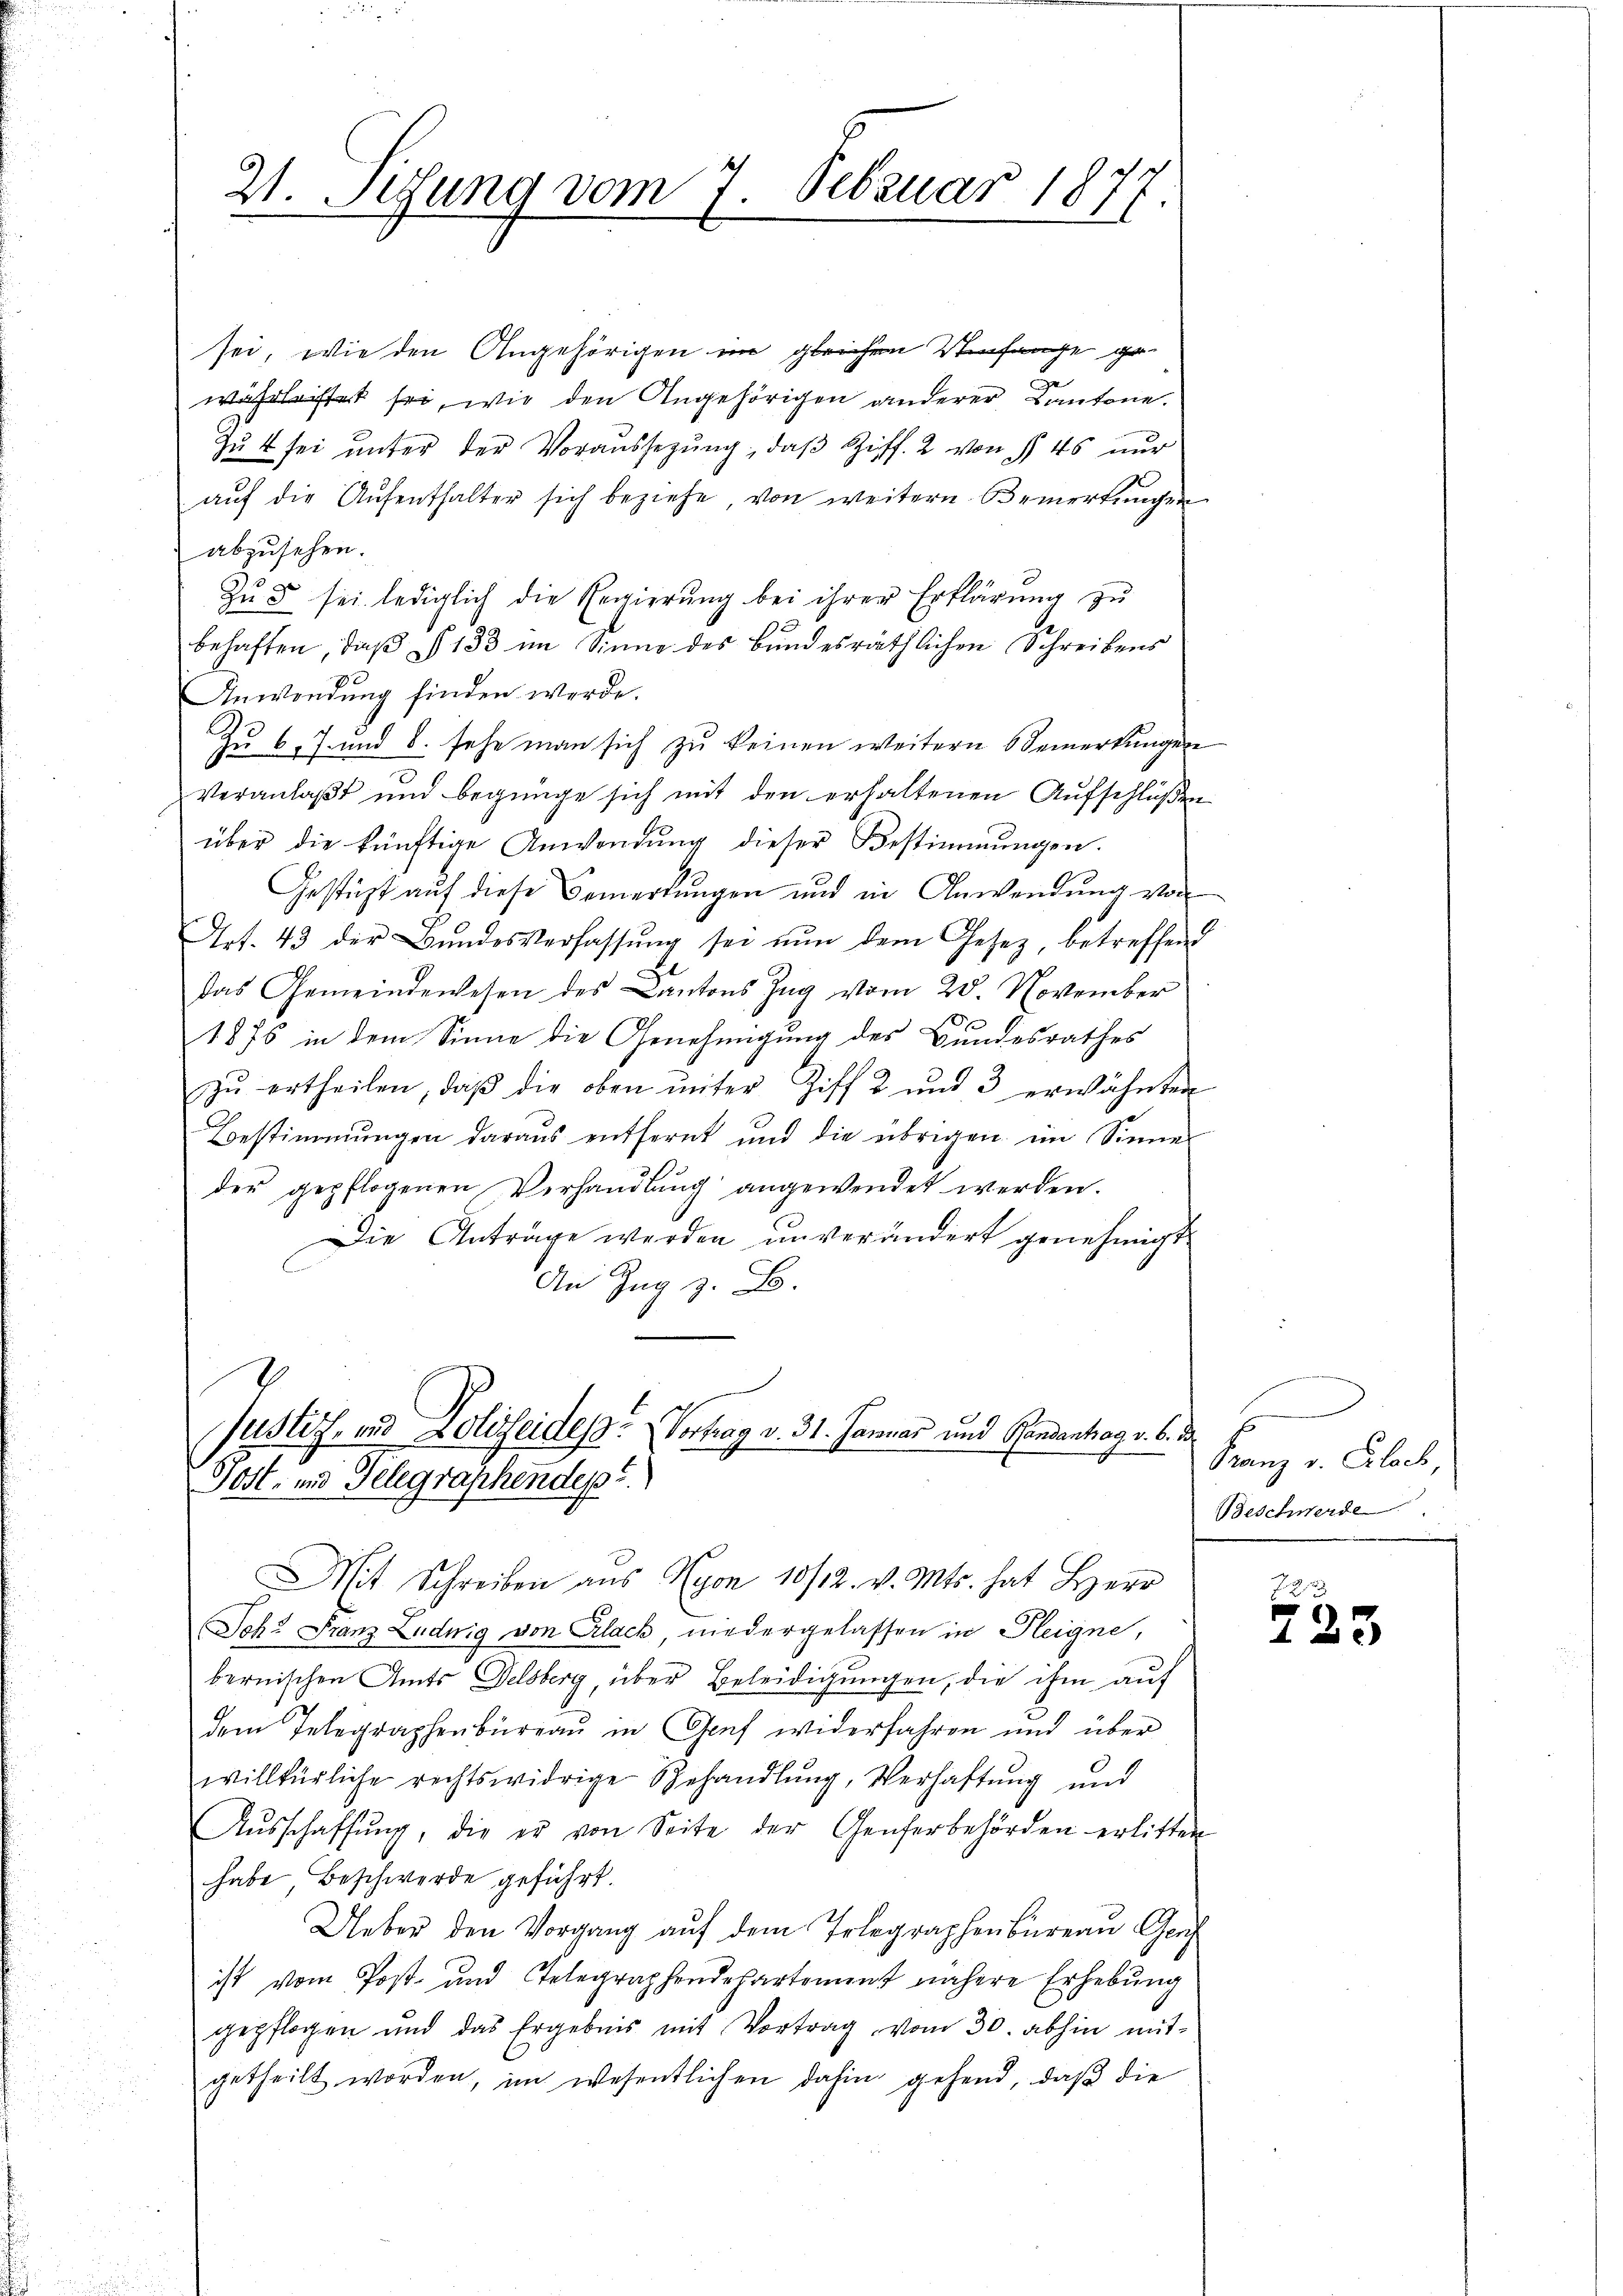
21. Sitzung vom 7. Februar 187.

sei, wie den Angehörigen im gleichen Verfange gewährleistet sei, wie den Angehörigen anderer Kantone.
Zu 4 sei unter der Voraussezung, daβ Ziff. 2 von § 45 nur
auf die Aufenthalter sich beziehe von weitere Bemerkungen
abzusehen.
Zŭ d sei lediglich die Regierung bei ihrer Erklärung zu
behaften, daß § 133 im Sinne des Bundesräthlichen Schreibens
Anwendung finden werde.
Zu 6. 7. und 8. sehe man sich zu keinen weitern Bemerkungen
veranlaßt und begnüge sich mit den erhaltenen Aufschlüßen
über die künftige Anwendŭng dieser Bestimmungen.
Gestützt aŭf diese Bemerkungen und in Anwendung von
Art. 43 der Bundesverfassŭng sei nŭn dem Gesez betreffend
Das Gemeindewesen des Cantons Zug vom 28. November
8
1876 in dem Sinne die Genehmigung des Bundesrathes
zŭ ertheilen, daβ die oben ŭnter Ziff. 2 und 3 erwähnten
Bestimmungen daraus entfernt und die übrigen im Sinne
der gepflogenen Verhandlung angewendet werden.
Die Anträge werden unverändert genehmigt
An Zug z. B.

Justiz- und Polizeides Vortrag v. 31. Januar und Handanhog v. 6. d
Post- und Gelegraphendes

it Schreiben aŭs Nyon 10/12. v. Mts. hat Herr

Joh: Franz Ludwig von Erlack niedergelassen in Pleigne,
bernischen Amts Delsberg, über Beleidigungen, die ihm auf
dem Telegraphenbüreau in Graf widerfahren und über
willkürliche rechtswidrige Behandlŭng, Verhaftung und
Aŭsschaffŭng, die er von Seite der Genferbehörden erlitten
habe Beschwerde geführt.
Ueber den Vorgang auf dem Erlegraphenbureau Ge
ist vom Post- und Telegraphendepartement nähere Erhebung
gepflogen und das Ergebnis mit Vortrag vom 30. abhin mit-
getheilt worden, im wesentlichen dahin gehend, daß die

Franz v. Bloch
Beschwerde

2.
723